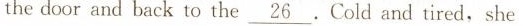
the door and back to the \underline{26} Cold and tired,she